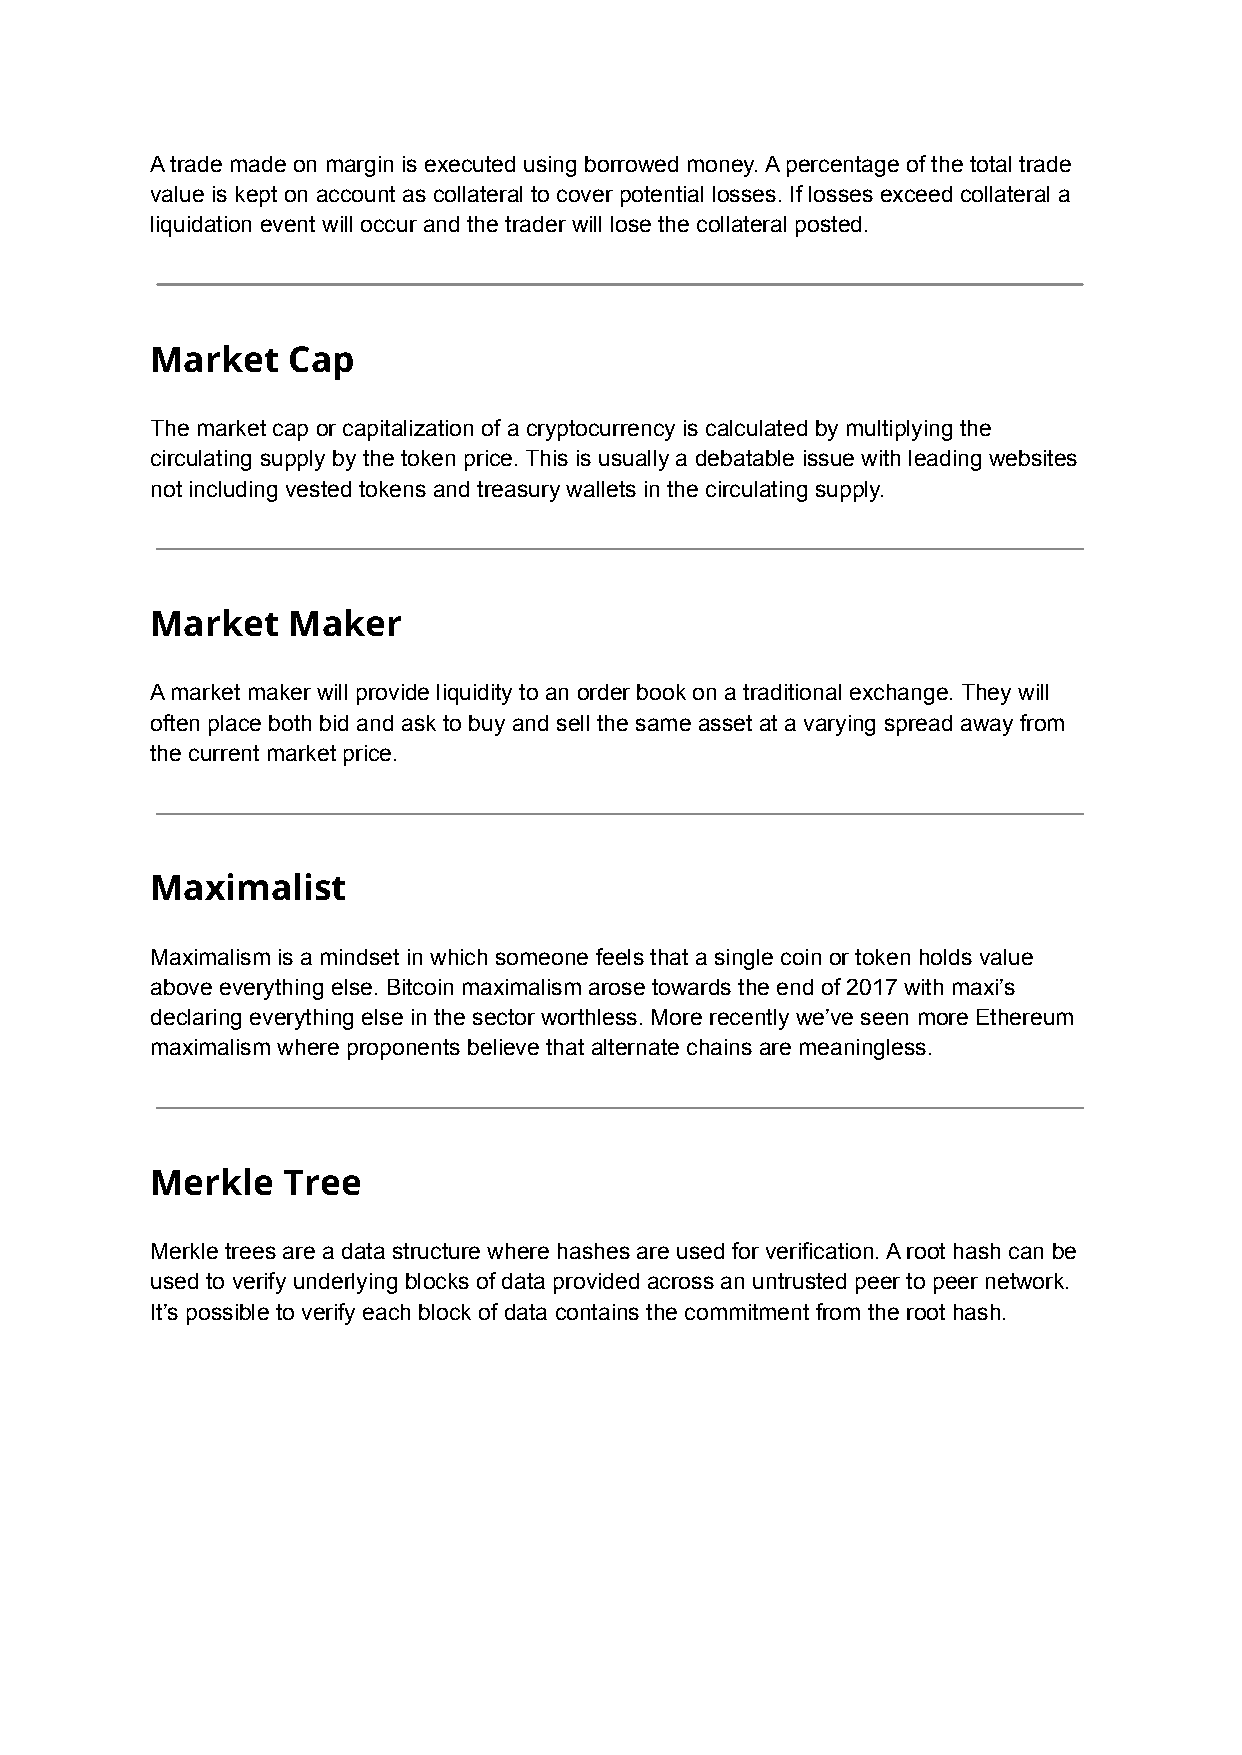
A trade made on margin is executed using borrowed money. A percentage of the total trade
 value is kept on account as collateral to cover potential losses. If losses exceed collateral a
 liquidation event will occur and the trader will lose the collateral posted.
 Market   Cap
 The market cap or capitalization of a cryptocurrency is calculated by multiplying the
 circulating supply by the token price. This is usually a debatable issue with leading websites
 not including vested tokens and treasury wallets in the circulating supply.
 Market   Maker
 A market maker will provide liquidity to an order book on a traditional exchange. They will
 often place both bid and ask to buy and sell the same asset at a varying spread away from
 the current market price.
 Maximalist
 Maximalism is a mindset in which someone feels that a single coin or token holds value
 above everything else. Bitcoin maximalism arose towards the end of 2017 with maxi’s
 declaring everything else in the sector worthless. More recently we’ve seen more Ethereum
 maximalism where proponents believe that alternate chains are meaningless.
 Merkle   Tree
 Merkle trees are a data structure where hashes are used for verification. A root hash can be
 used to verify underlying blocks of data provided across an untrusted peer to peer network.
 It’s possible to verify each block of data contains the commitment from the root hash.